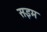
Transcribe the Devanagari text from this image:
सइम